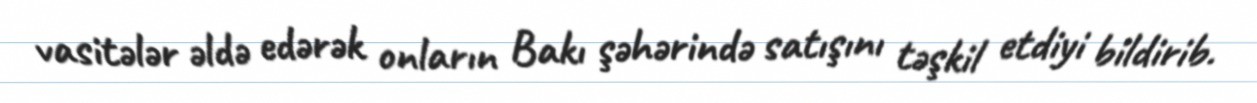
vasitələr əldə edərək onların Bakı şəhərində satışını təşkil etdiyi bildirib.